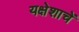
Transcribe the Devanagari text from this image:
यक्षेशाचें